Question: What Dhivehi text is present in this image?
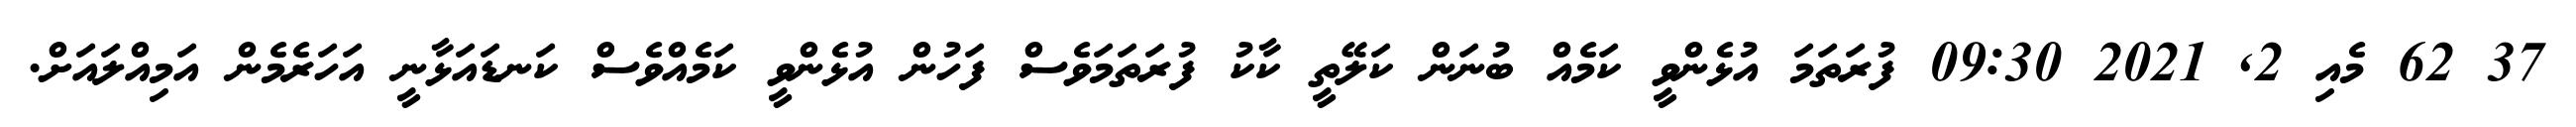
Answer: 37 62 މެއި 2, 2021 09:30 ފުރަތަމަ އުޅެންވީ ކަމެއް ބުނަން ކަލޭތީ ކާކު ފުރަތަމަވެސް ފަހުން އުޅެންވީ ކަމެއްވެސް ކަނޑައަޅާނީ އަހަރެމެން އަމިއްލައަށް.